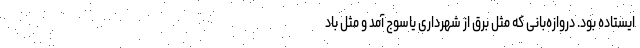
ایستاده بود. دروازه‌بانی که مثل برق از شهرداری یاسوج آمد و مثل باد